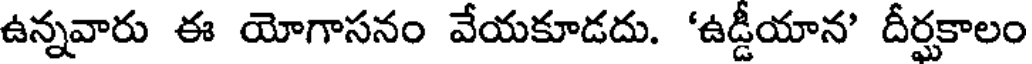
ఉన్నవారు ఈ యోగాసనం వేయకూడదు. 'ఉడ్డీయాన' దీర్ఘకాలం